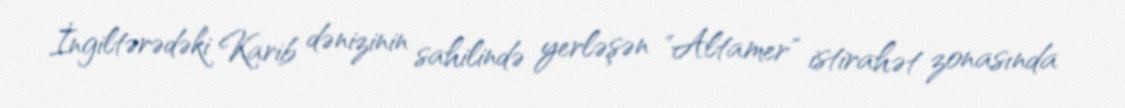
İngiltərədəki Karib dənizinin sahilində yerləşən "Altamer" istirahət zonasında